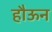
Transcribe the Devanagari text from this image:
हौऊन